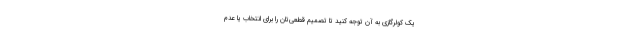
یک کولرگازی به آن توجه کنید تا تصمیم قطعی‌تان را برای انتخاب یا عدم